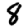
Digit: 8